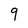
Character: 9